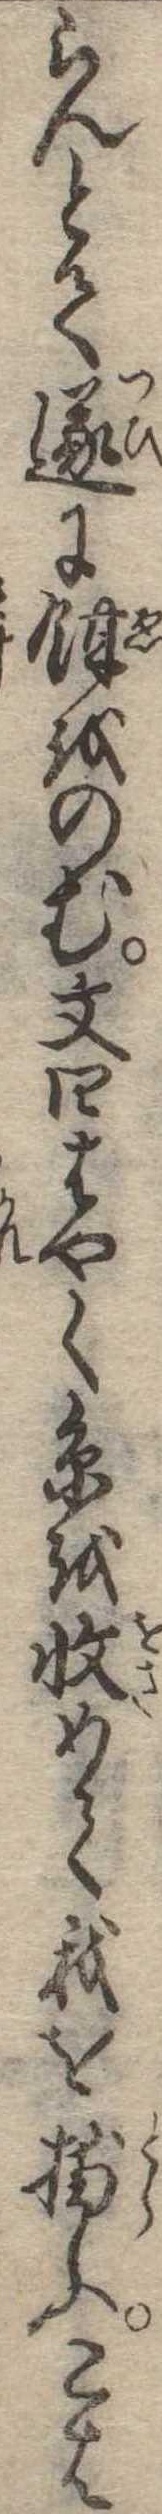
らんとて遂に餌をのむ文四はやく糸を収めて我を捕ふこは